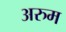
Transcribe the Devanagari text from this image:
अरुम